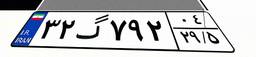
۳۲گ۷۹۲۰۴